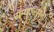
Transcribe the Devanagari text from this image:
सॅम्युएल्सला